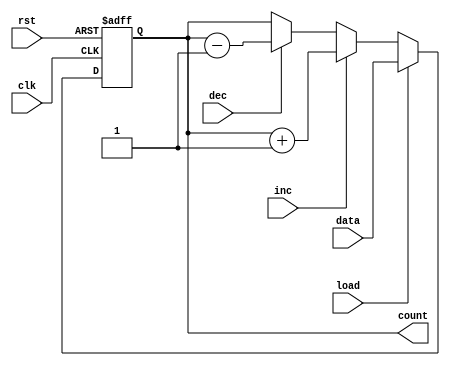
module async_load_counter (
    input wire clk,              // Clock input
    input wire rst,              // Asynchronous reset
    input wire load,             // Load control signal
    input wire [3:0] data,       // Data input for loading
    input wire inc,              // Increment control signal
    input wire dec,              // Decrement control signal
    output reg [3:0] count       // Count output
);

    // Asynchronous reset
    always @(posedge clk or posedge rst) begin
        if (rst) begin
            count <= 4'b0000;     // Reset the counter to zero
        end else if (load) begin
            count <= data;        // Load the specified value
        end else begin
            // Increment or decrement based on control signals
            if (inc) begin
                count <= count + 1; // Increment the counter
            end else if (dec) begin
                count <= count - 1; // Decrement the counter
            end
        end
    end
    
endmodule